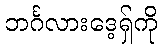
ဘင်္ဂလားဒေ့ရှ်ကို